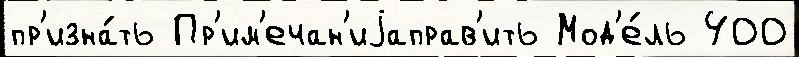
пр'изна́ть Пр'им'ечан'иjаправ'ить Мод'е́ль 400